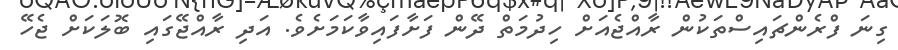
ގިނަ ފްރެންޗައިސްތަކުން ރާއްޖެއަށް ހިދުމަތް ދޭން ފަށާފައިވާކަަމަށެވެ. އަދި ރާއްޖޭގައި ބޮލަކަށް ޖެހޭ